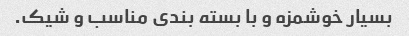
بسیار خوشمزه و با بسته بندی مناسب و شیک.